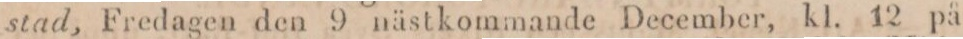
stad, Fredagen den 9 nästkommande December, kl. 12 på